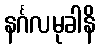
နင်္ဂလမုခါနိ